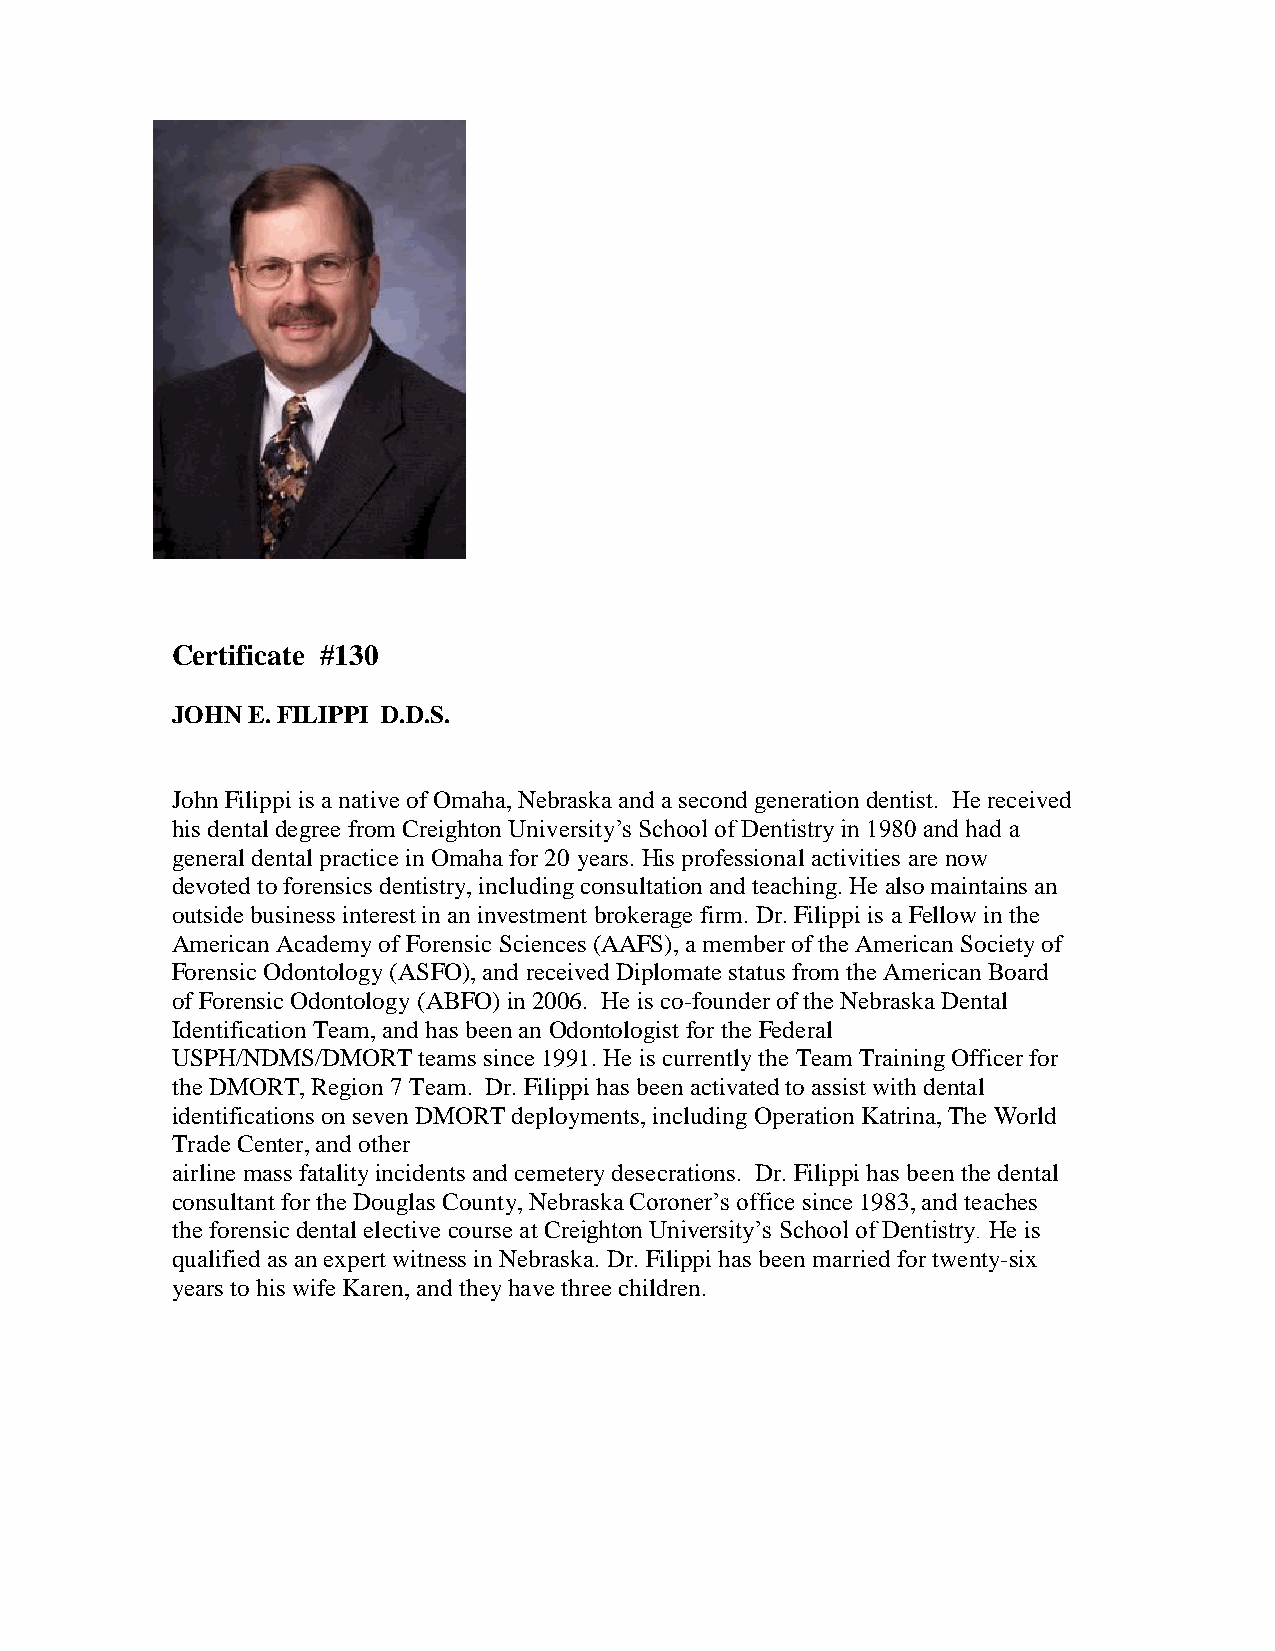
Certificate #130
 JOHN E. FILIPPI D.D.S.
 John Filippi is a native of Omaha, Nebraska and a second generation dentist. He received
 his dental degree from Creighton University’s School of Dentistry in 1980 and had a
 general dental practice in Omaha for 20 years. His professional activities are now
 devoted to forensics dentistry, including consultation and teaching. He also maintains an
 outside business interest in an investment brokerage firm. Dr. Filippi is a Fellow in the
 American Academy of Forensic Sciences (AAFS), a member of the American Society of
 Forensic Odontology (ASFO), and received Diplomate status from the American Board
 of Forensic Odontology (ABFO) in 2006. He is co-founder of the Nebraska Dental
 Identification Team, and has been an Odontologist for the Federal
 USPH/NDMS/DMORT  teams since 1991. He is currently the Team Training Officer for
 the DMORT, Region 7 Team. Dr. Filippi has been activated to assist with dental
 identifications on seven DMORT deployments, including Operation Katrina, The World
 Trade Center, and other
 airline mass fatality incidents and cemetery desecrations. Dr. Filippi has been the dental
 consultant for the Douglas County, Nebraska Coroner’s office since 1983, and teaches
 the forensic dental elective course at Creighton University’s School of Dentistry. He is
 qualified as an expert witness in Nebraska. Dr. Filippi has been married for twenty-six
 years to his wife Karen, and they have three children.